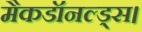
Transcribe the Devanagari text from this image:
मैकडॉनल्ड्स।